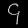
Digit: ၄